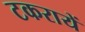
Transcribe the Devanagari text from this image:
टकरायें